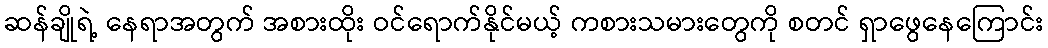
ဆန်ချိုရဲ့ နေရာအတွက် အစားထိုး ဝင်ရောက်နိုင်မယ့် ကစားသမားတွေကို စတင် ရှာဖွေနေကြောင်း